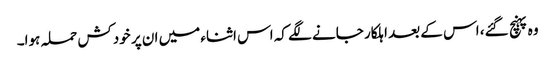
وہ پہنچ گئے، اس کے بعد اہلکار جانے لگے کہ اس اثناء میں ان پر خودکش حملہ ہوا۔